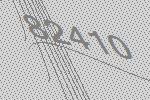
82410